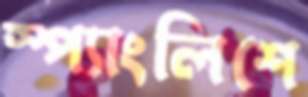
স্প্যাংলিশে